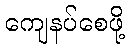
ကျေနပ်စေဖို့